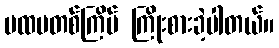
ပထမတစ်ကြိမ် ကြိုးစားခဲ့ပါတယ်။